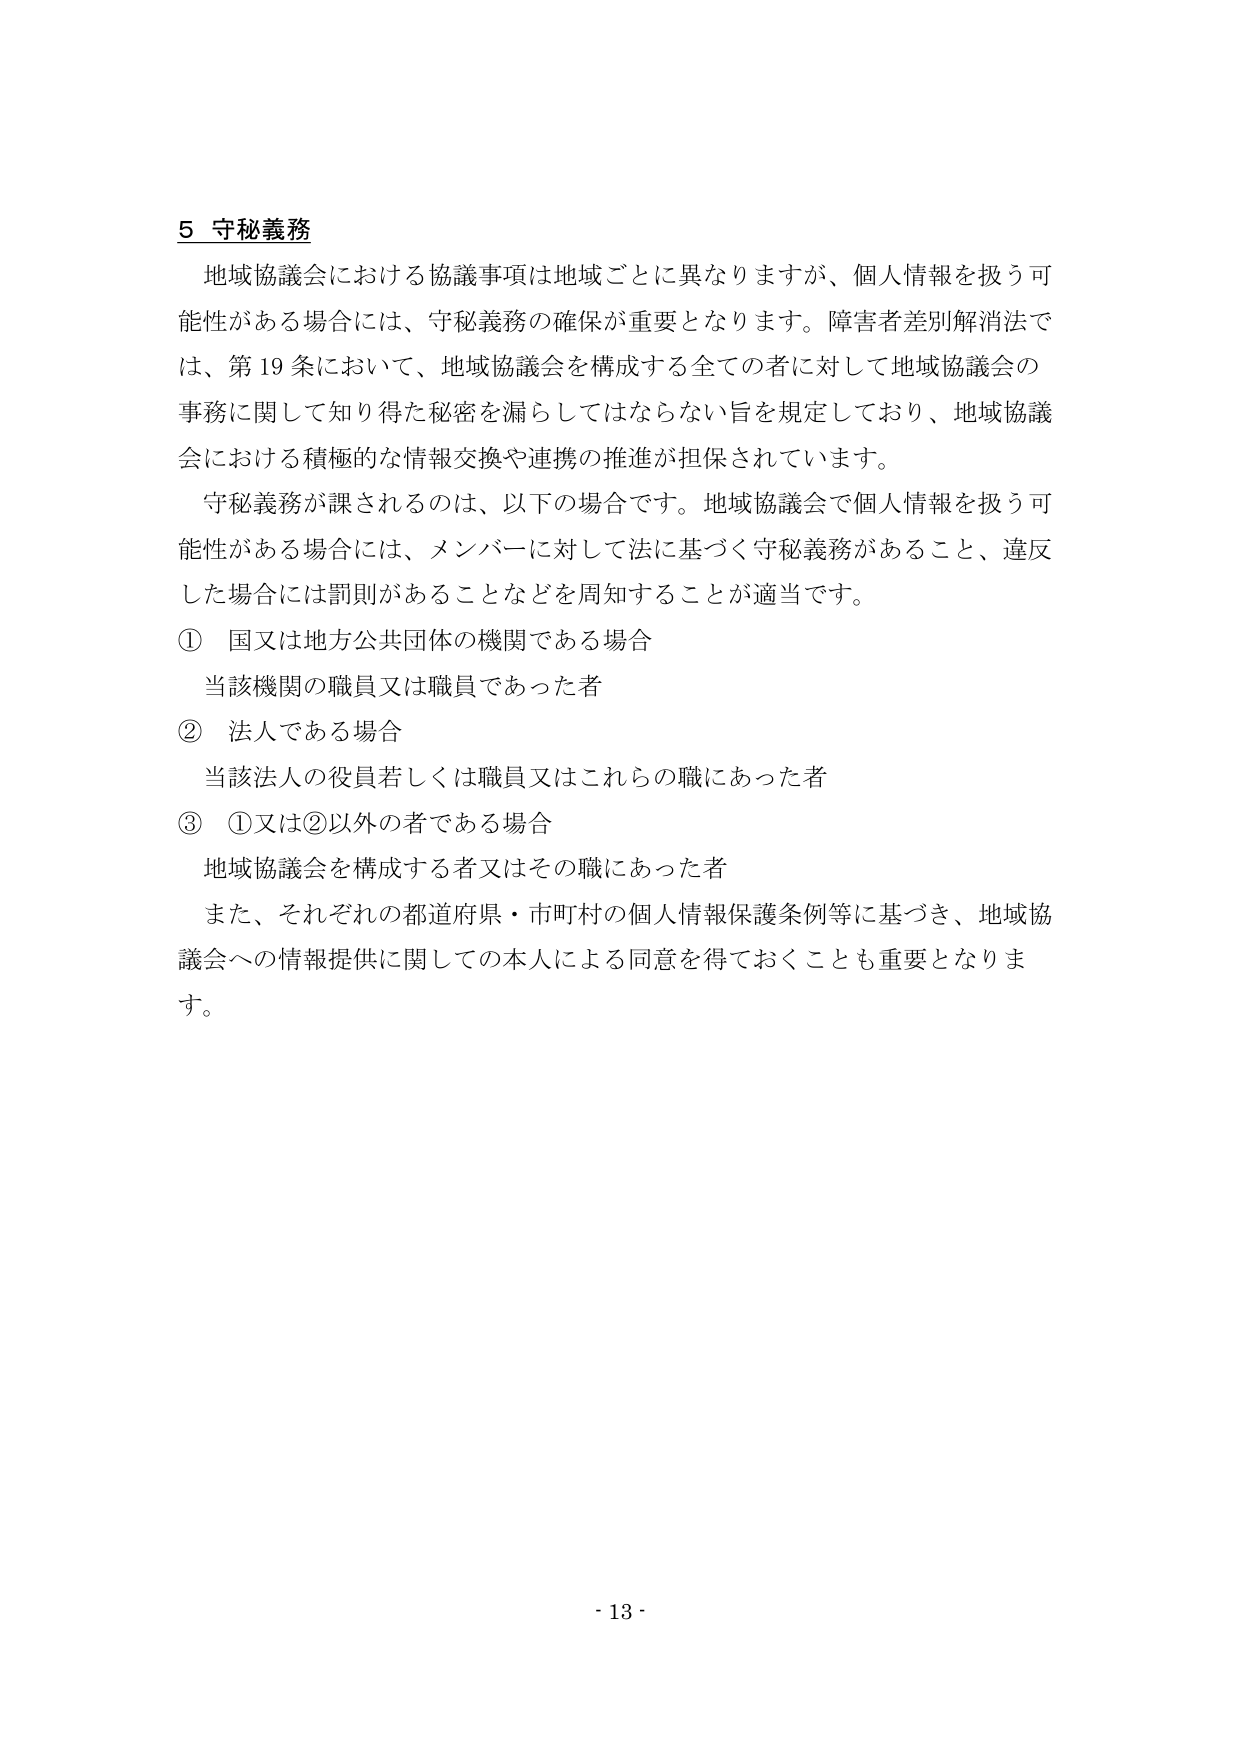
5 守秘義務
地域協議会における協議事項は地域ごとに異なりますが、個人情報を扱う可能性がある場合には、守秘義務の確保が重要となります。障害者差別解消法では、第19条において、地域協議会を構成する全ての者に対して地域協議会の事務に関して知り得た秘密を漏らしてはならない旨を規定しており、地域協議会における積極的な情報交換や連携の推進が担保されています。
守秘義務が課されるのは、以下の場 hợpです。地域協議会で個人情報を扱う可能性がある場合には、メンバーに対して法に基づく守秘義務があること、違反した場合には罰則があることなどを周知することが適当です。
① 国又は地方公共団体の機関である場合
　当該機関の職員又は職員であった者
② 法人である場合
　当該法人の役員若しくは職員又はこれらの職にあった者
③ ①又は②以外の者である場合
　地域協議会を構成する者又はその職にあった者
また、それぞれの都道府県・市町村の個人情報保護条例等に基づき、地域協議会への情報提供に関しての本人による同意を得ておくことも重要となります。
- 13 -